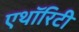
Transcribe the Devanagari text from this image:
एथॉरिटी